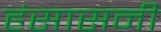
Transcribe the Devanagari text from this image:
हंसासनी